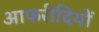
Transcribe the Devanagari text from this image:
आफरीदियों